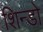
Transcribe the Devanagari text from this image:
शिन्डो